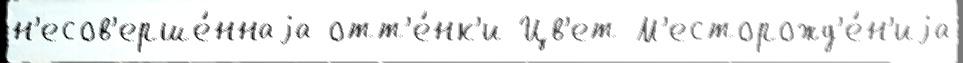
н'есов'ерше́ннаjа отт'е́нк'и Цв'ет М'есторожд'е́н'иjа